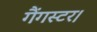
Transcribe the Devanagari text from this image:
गैंगस्टर।